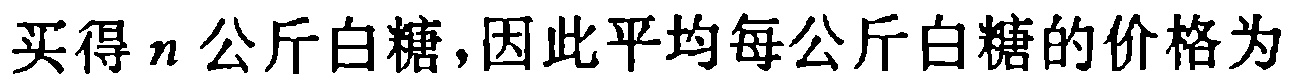
买得 \(n\) 公斤白糖,因此平均每公斤白糖的价格为